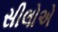
સીલોએ